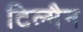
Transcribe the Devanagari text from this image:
टिल्मैन